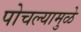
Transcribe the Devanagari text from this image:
पोचल्यामुळे